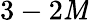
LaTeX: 3-2\mathit{M}